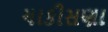
ચાકીસણા